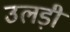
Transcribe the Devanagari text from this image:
उलड़ी